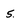
Character: 5